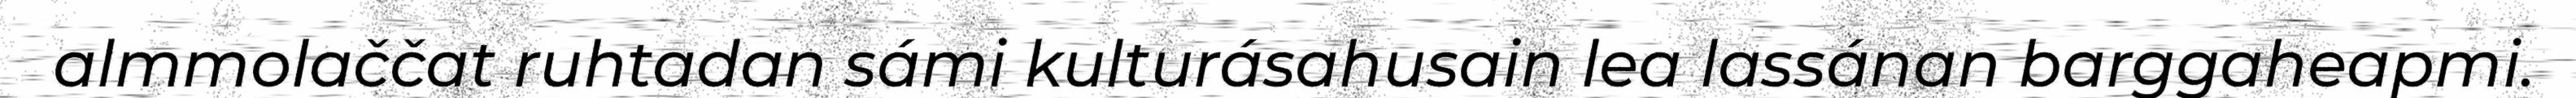
almmolaččat ruhtadan sámi kulturásahusain lea lassánan barggaheapmi.